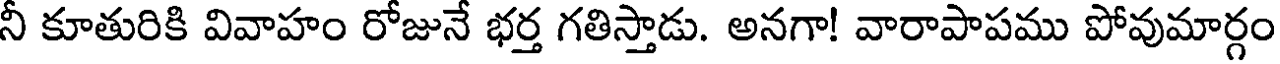
నీ కూతురికి వివాహం రోజునే భర్త గతిస్తాడు. అనగా! వారాపాపము పోవుమార్గం